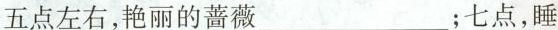
五点左右，艳丽的蔷薇___；七点，睡